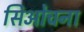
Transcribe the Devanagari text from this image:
सिओचना